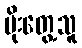
ပိုးတွေ့သူ